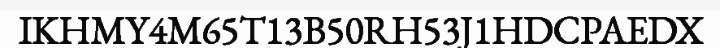
IKHMY4M65T13B50RH53J1HDCPAEDX